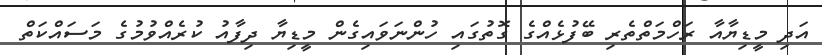
އަދި މީޑިޔާއާ ރަހްމަތްތެރި ބޭފުޅެއްގެ ގޮތުގައި ހުންނަވައިގެން މީޑިޔާ ދިފާއު ކުރެއްވުމުގެ މަސައްކަތް